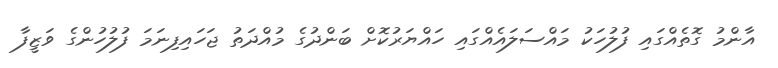
އާންމު ގޮތެއްގައި ފުލުހަކު މައްސަލައެއްގައި ހައްޔަރުކޮށް ބަންދުގެ މުއްދަތު ޖަހައިފިނަމަ ފުލުހުންގެ ވަޒީފާ